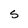
Character: s